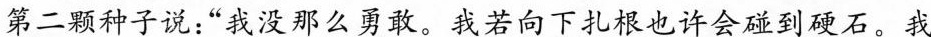
第二颗种子说：”我没那么勇敢。我若向下扎根也许会碰到硬石。我